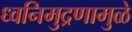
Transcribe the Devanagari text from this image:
ध्वनिमुद्रणामुळे